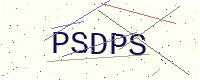
Text: PSDPS